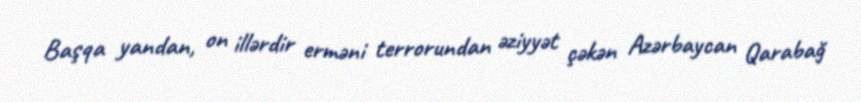
Başqa yandan, on illərdir erməni terrorundan əziyyət çəkən Azərbaycan Qarabağ